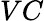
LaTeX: VC